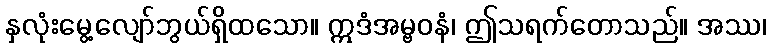
နှလုံးမွေ့လျော်ဘွယ်ရှိထသော။ ဣဒံအမ္ဗဝနံ၊ ဤသရက်တောသည်။ အဿ၊